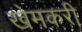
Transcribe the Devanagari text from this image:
खेमकरी